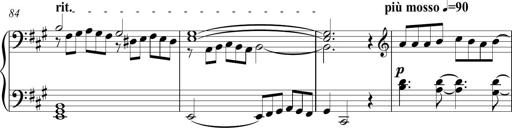
Title: Piano Sonatina in A major
Composer: Z Q Sysmoebius
Key: A major